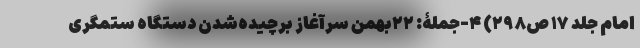
امام جلد ۱۷ ص۲۹۸) ۴-جملۀ: ۲۲بهمن سرآغاز برچیده‌شدن دستگاه ستمگری